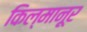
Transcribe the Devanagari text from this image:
किल्मानूर